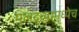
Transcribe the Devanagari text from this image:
मुलद्रव्यामध्येच